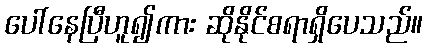
ပေါ်နေပြီဟူ၍ကား ဆိုနိုင်စရာရှိပေသည်။